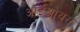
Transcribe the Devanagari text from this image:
आईओयूस